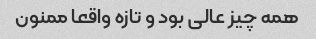
همه چیز عالی بود و تازه واقعا ممنون